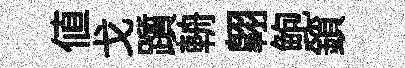
値戈躓輈翺鲍鎖